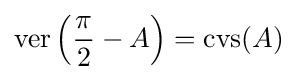
\operatorname {ver} \left({\frac {\pi }{2}}-A\right)=\operatorname {cvs} (A)